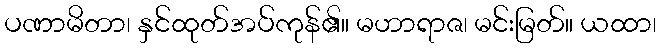
ပဏာမိတာ၊ နှင်ထုတ်အပ်ကုန်၏။ မဟာရာဇ၊ မင်းမြတ်။ ယထာ၊